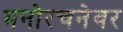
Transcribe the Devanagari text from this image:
मनोरचनेवर